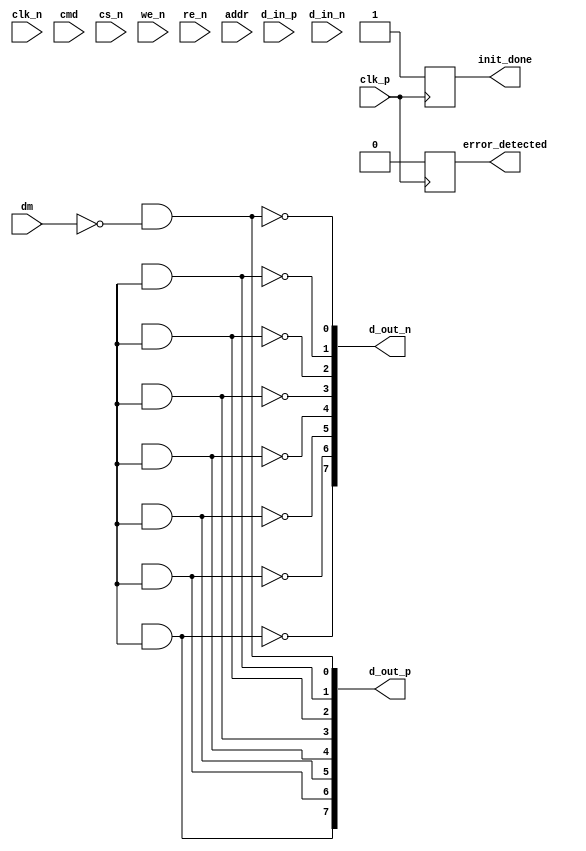
module ddr4_io_block (
    input  wire              clk_p,        // Differential clock positive
    input  wire              clk_n,        // Differential clock negative
    input  wire [n-1:0]     d_in_p,       // Differential data input positive
    input  wire [n-1:0]     d_in_n,       // Differential data input negative
    output wire [n-1:0]     d_out_p,      // Differential data output positive
    output wire [n-1:0]     d_out_n,      // Differential data output negative
    input  wire              cmd,          // Command signal
    input  wire              cs_n,         // Chip Select (active low)
    input  wire              we_n,         // Write Enable (active low)
    input  wire              re_n,         // Read Enable (active low)
    input  wire [m-1:0]     addr,         // Address lines
    input  wire [b-1:0]     dm,           // Data Mask
    output wire              init_done,    // Initialization done
    output wire              error_detected // Error detected
);

// Parameters
parameter n = 8; // Number of data bits
parameter m = 14; // Number of address bits
parameter b = 1; // Number of data mask bits

// Internal signals
reg [n-1:0] data_out; // Internal data output register
wire [n-1:0] data_in; // Incoming data lines
reg [m-1:0] address; // Address register
reg init_done_reg; // Initialization done register
reg error_detected_reg; // Error detection register

// Clock Buffer
always @(posedge clk_p or negedge clk_n) begin
    // Synchronize based on the clock
    // Placeholder for clock handling logic
end

// Input/Output Buffers
generate
    genvar i;
    for (i = 0; i < n; i = i + 1) begin : io_buffers
        assign data_in[i] = (d_in_p[i] ^ d_in_n[i]); // Differential to single-ended conversion
        assign d_out_p[i] = (data_out[i] & ~dm[i]); // Output data based on mask
        assign d_out_n[i] = ~(data_out[i] & ~dm[i]); // Differential output
    end
endgenerate

// Address Handling
always @(posedge clk_p or negedge cs_n) begin
    if (!cs_n) begin
        address <= addr; // Capture address when Chip Select is low
    end
end

// Command Handling
always @(posedge clk_p) begin
    if (!cs_n) begin
        if (!we_n) begin
            // Write operation
            // Placeholder for write logic
        end else if (!re_n) begin
            // Read operation
            // Placeholder for read logic
        end
    end
end

// Initialization and Error Detection Logic
always @(posedge clk_p) begin
    // Initialization done logic
    // Placeholder for initialization logic
    init_done_reg <= 1'b1; // Assuming initialization is done for example

    // Error detection logic
    // Placeholder for error detection logic
    error_detected_reg <= 1'b0; // Assuming no error detected for example
end

// Assign output signals
assign init_done = init_done_reg;
assign error_detected = error_detected_reg;

endmodule